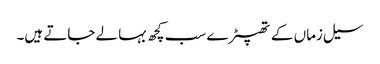
سیل زماں کے تھپیڑے سب کچھ بہا لے جاتے ہیں۔